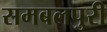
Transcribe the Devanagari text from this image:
समबलपुरी